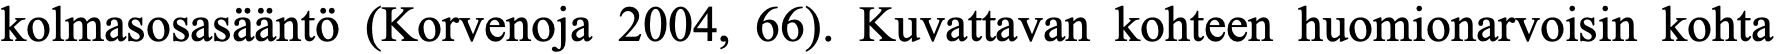
kolmasosasääntö (Korvenoja 2004, 66). Kuvattavan kohteen huomionarvoisin kohta